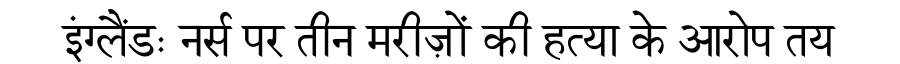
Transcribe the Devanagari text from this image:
इंग्लैंडः नर्स पर तीन मरीज़ों की हत्या के आरोप तय